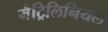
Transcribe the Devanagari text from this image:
मैट्रिलिनियल